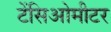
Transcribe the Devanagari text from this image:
टेंसिओमीटर